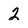
Character: 2